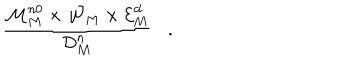
\frac { { \cal M } _ { M } ^ { n 0 } \times { \cal W } _ { M } \times { \cal E } _ { M } ^ { d } } { { \cal D } _ { M } ^ { n } } .